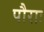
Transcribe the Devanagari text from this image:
पौराः